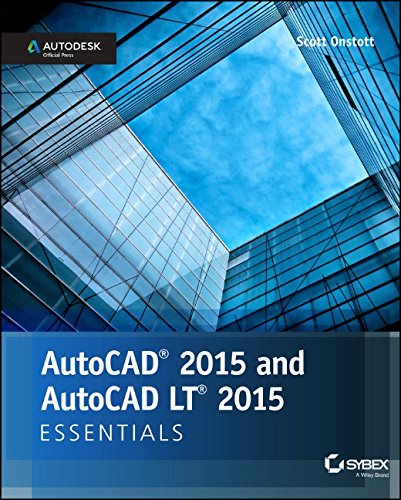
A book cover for AutoCAD 2015 and AutoCAD LT 2015 Essentials: Autodesk Official Press; Scott Onstott; Computers & Technology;